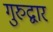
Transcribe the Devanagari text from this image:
गुरुद्वार